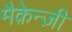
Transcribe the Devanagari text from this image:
मैक़ेन्ज़ी